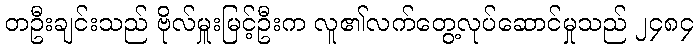
တဦးချင်းသည် ဗိုလ်မှူးမြင့်ဦးက လူ၏လက်တွေ့လုပ်ဆောင်မှုသည် ၂၄၈၄